65_HS1-834228961_62-HQ-83894_Section_3
Agency: FBI
Page 94
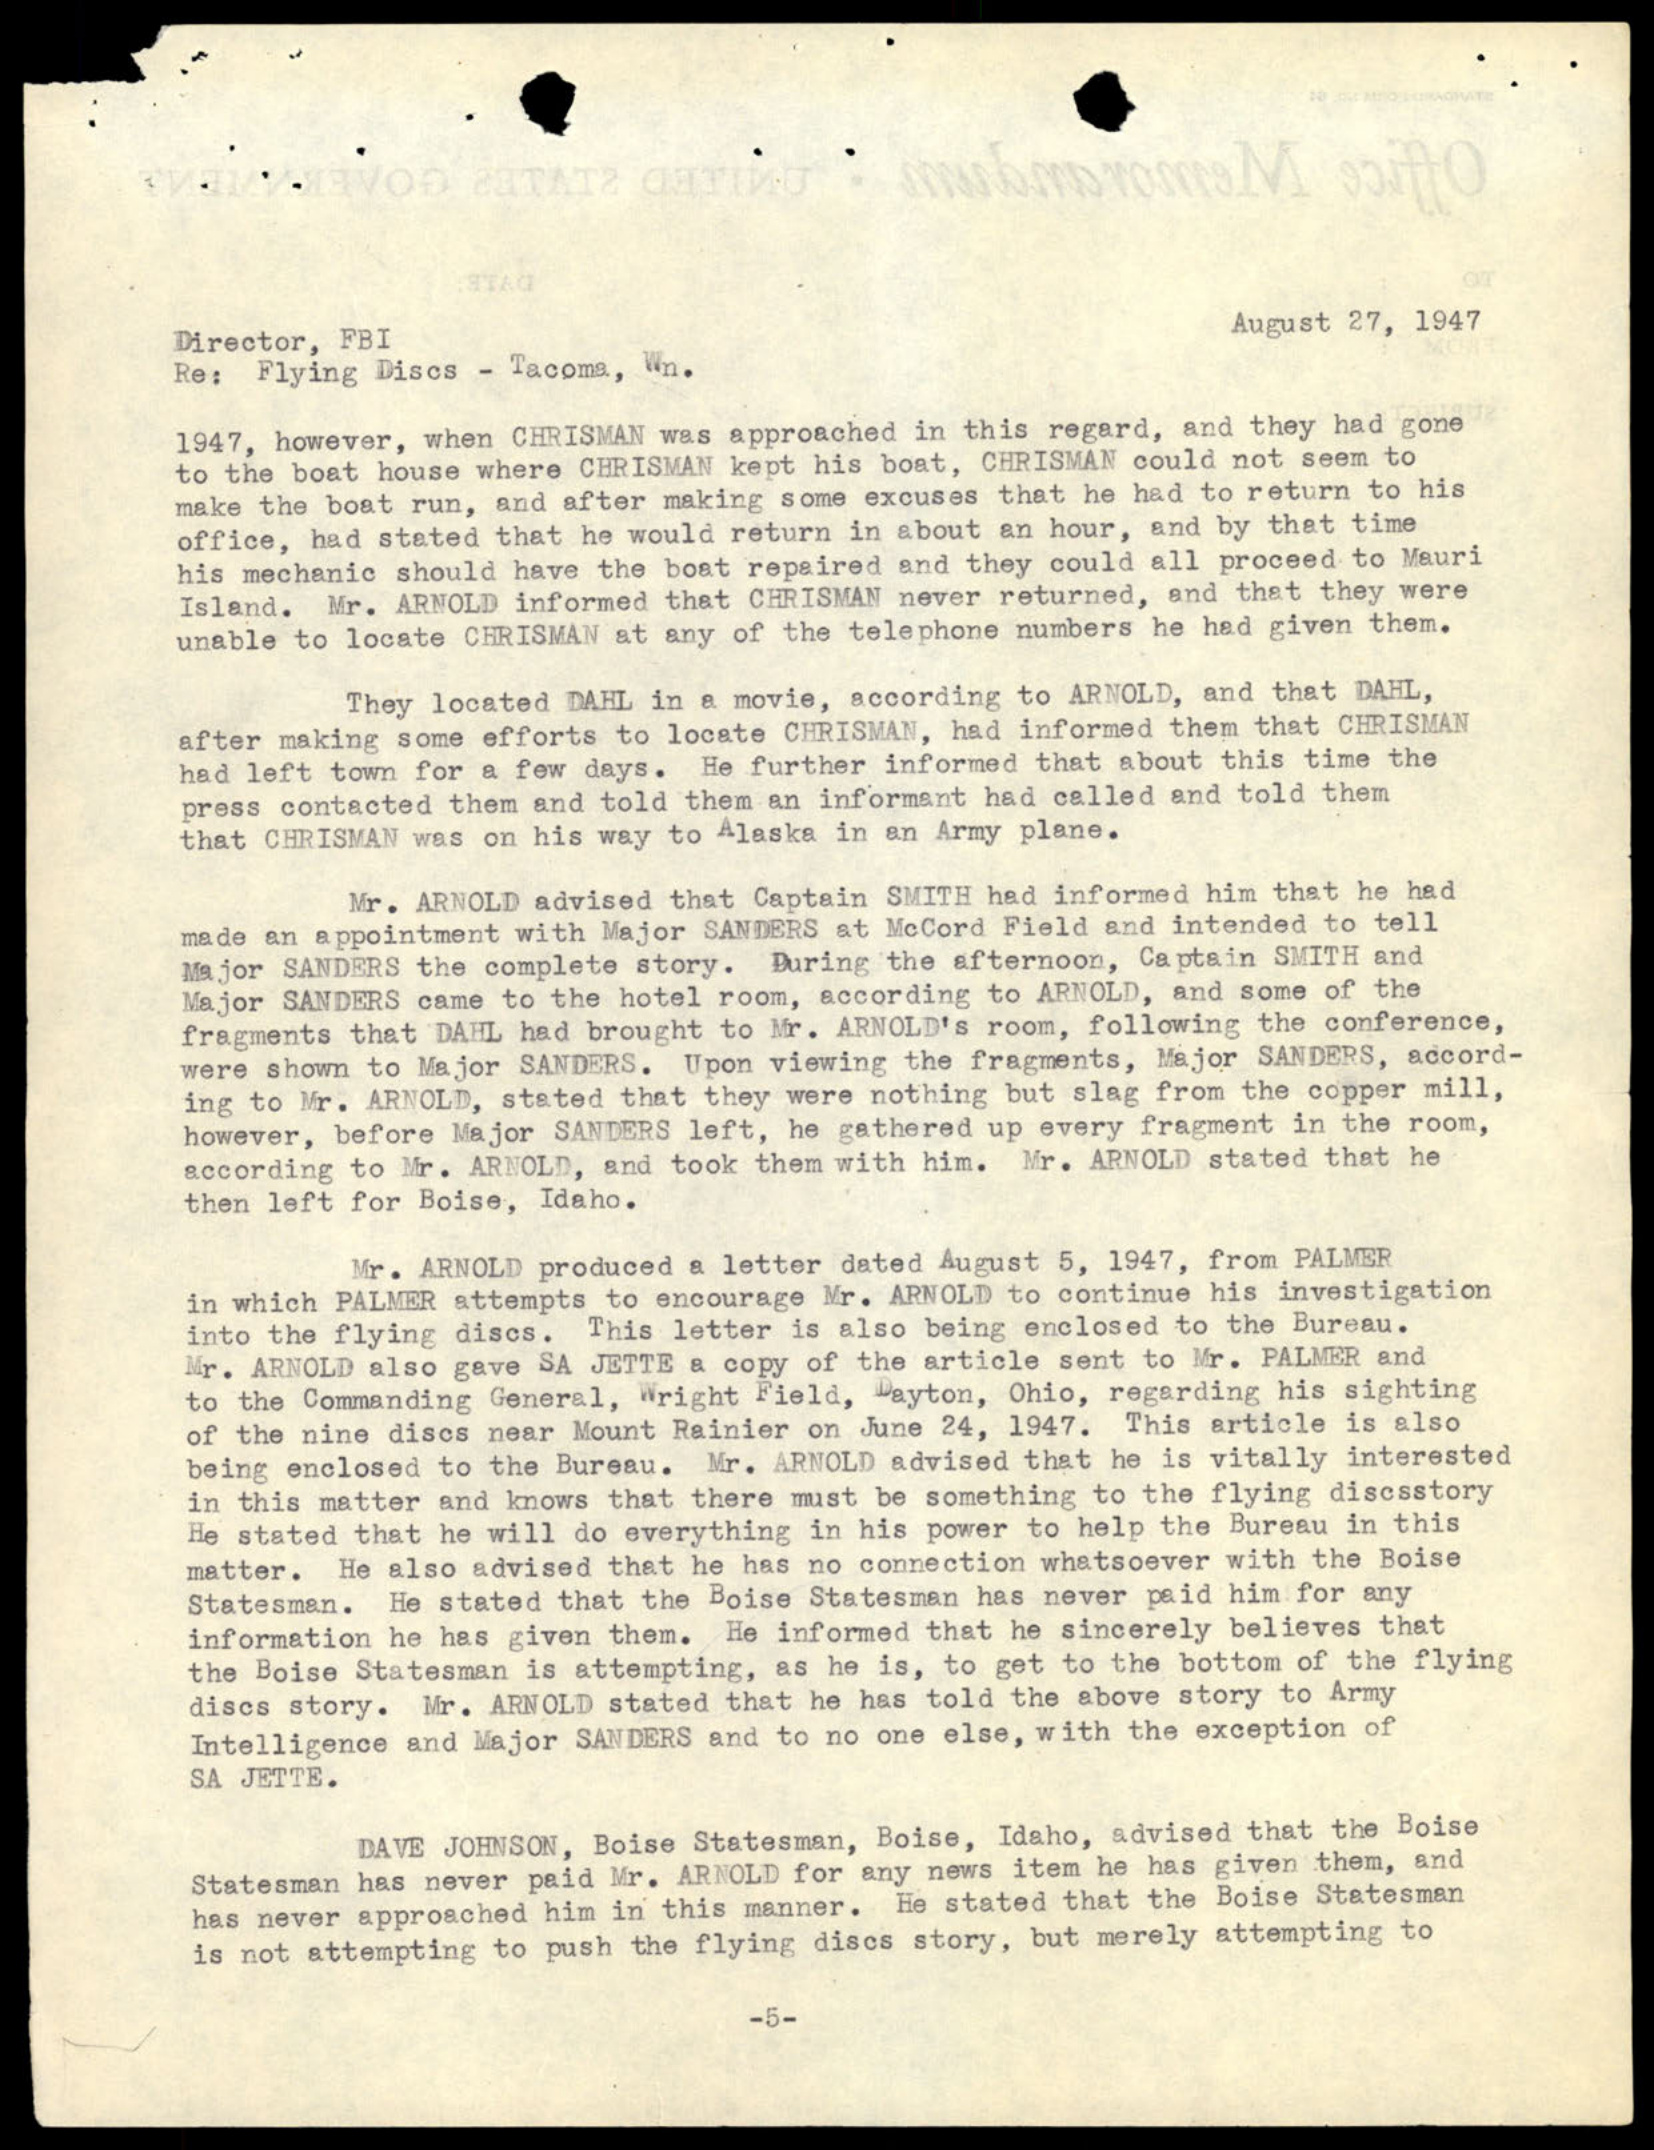